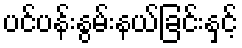
ပင်ပန်းနွမ်းနယ်ခြင်းနှင့်